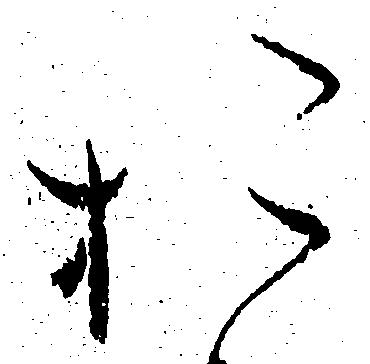
お